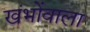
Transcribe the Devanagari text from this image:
खंभोंवाला